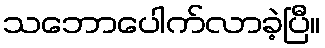
သဘောပေါက်လာခဲ့ပြီ။